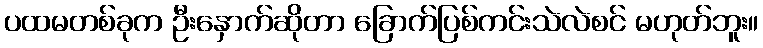
ပထမတစ်ခုက ဦးနှောက်ဆိုတာ ခြောက်ပြစ်ကင်းသဲလဲစင် မဟုတ်ဘူး။